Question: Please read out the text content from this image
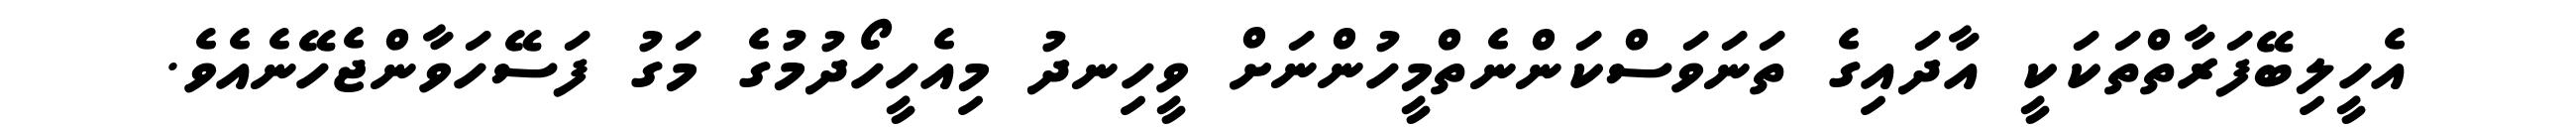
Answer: އެހީލިބޭފަރާތްތަކަކީ އާދައިގެ ތަނަވަސްކަންނެތްމީހުންނަށް ވީހިނދު މިއެހީހޯދުމުގެ މަގު ފަސޭހަވާންޖެހޭނެއެވެ.